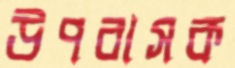
উপবাসক